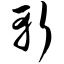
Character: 斩